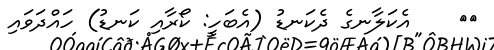
١٩    އެކަލާނގެ ދެކަނޑު (އެބަހީ: ކޯރާއި ކަނޑު) ހައްދަވައި